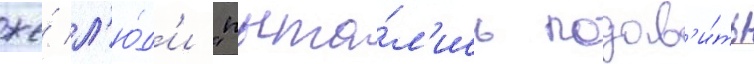
же́ л'ю́д'и "пыта́л'ись подав'и́ть